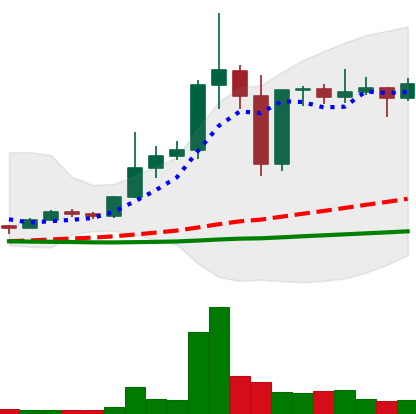
Ticker: DOGE-USD
Chart end date: 2020-12-30
Forward return: 110.677%
Label: up_7plus